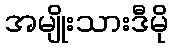
အမျိုးသားဒီမို